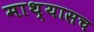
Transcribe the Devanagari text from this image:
माथ्यासच